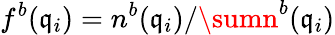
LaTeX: f^{b}(\mathfrak{q}_{i})=n^{b}(\mathfrak{q}_{i})/\sumn^{b}(\mathfrak{q}_{i})